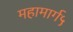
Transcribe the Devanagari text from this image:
महामार्ग५